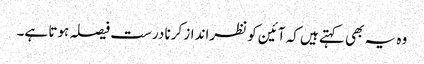
وہ یہ بھی کہتے ہیں کہ آئین کو نظرانداز کرنا درست فیصلہ ہوتا ہے۔